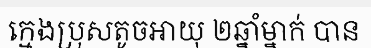
ក្មេងប្រុសតូចអាយុ ២ឆ្នាំម្នាក់ បាន